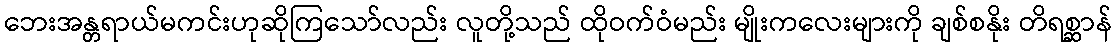
ဘေးအန္တရာယ်မကင်းဟုဆိုကြသော်လည်း လူတို့သည် ထိုဝက်ဝံမည်း မျိုးကလေးများကို ချစ်စနိုး တိရစ္ဆာန်